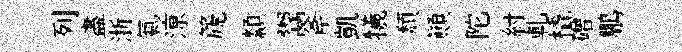
列盡浙氣鿌篪纇鬻斧凱犧頹顚陀紂軋橇磳鵬